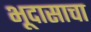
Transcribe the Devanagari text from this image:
भूदासाचा